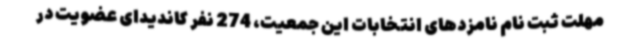
مهلت ثبت نام نامزدهای انتخابات این جمعیت، 274 نفر کاندیدای عضویت در